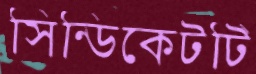
সিন্ডিকেটটি